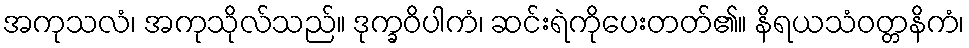
အကုသလံ၊ အကုသိုလ်သည်။ ဒုက္ခဝိပါကံ၊ ဆင်းရဲကိုပေးတတ်၏။ နိရယသံဝတ္တနိကံ၊